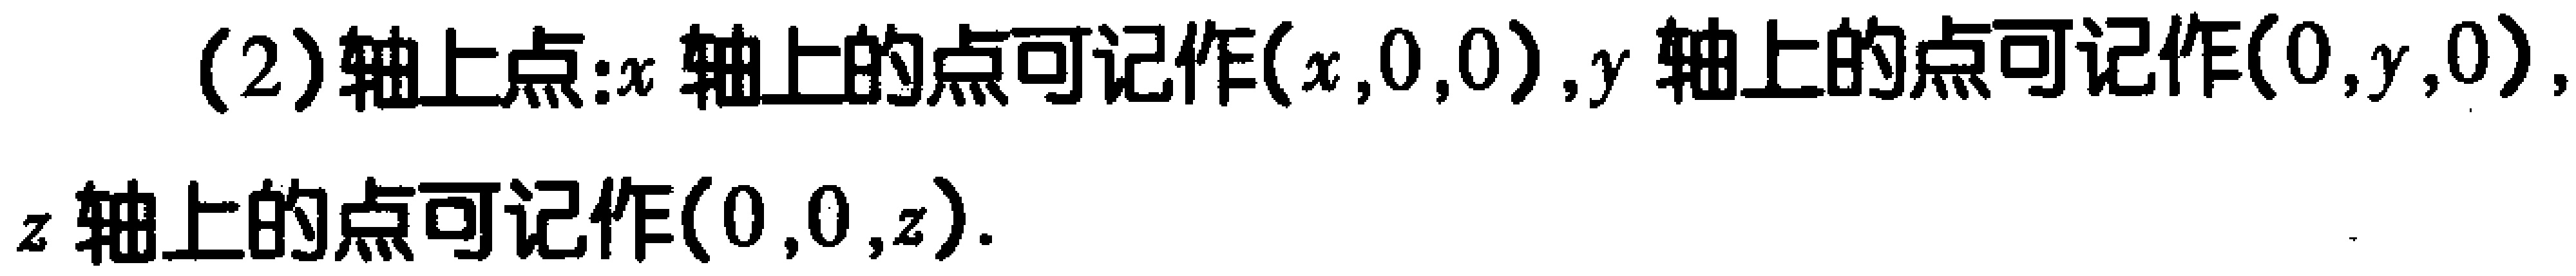
(2)轴上点：$x$轴上的点可记作$(x,0,0)$，$y$轴上的点可记作$(0,y,0)$，$z$轴上的点可记作$(0,0,z)$．